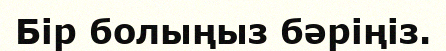
Бір болыңыз бәріңіз.